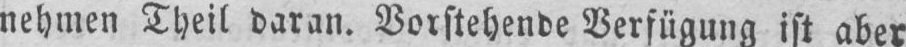
nehmen Theil daran. Vorstehende Verfügung ist aber